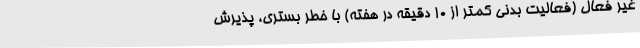
غیر فعال (فعالیت بدنی کمتر از 10 دقیقه در هفته) با خطر بستری، پذیرش